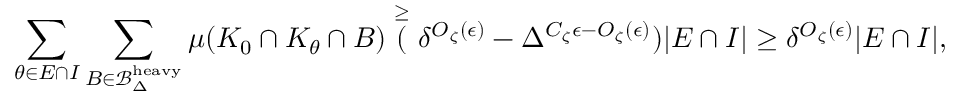
\sum _ { \theta \in E \cap I } \sum _ { B \in \mathcal { B } _ { \Delta } ^ { \mathrm { h e a v y } } } \mu ( K _ { 0 } \cap K _ { \theta } \cap B ) \stackrel { \geq } ( \delta ^ { O _ { \zeta } ( \epsilon ) } - \Delta ^ { C _ { \zeta } \epsilon - O _ { \zeta } ( \epsilon ) } ) | E \cap I | \geq \delta ^ { O _ { \zeta } ( \epsilon ) } | E \cap I | ,